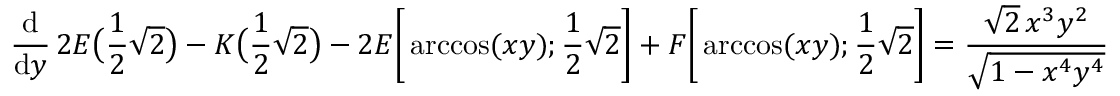
{ \frac { \mathrm { d } } { \mathrm { d } y } } \, 2 E { \bigl ( } { \frac { 1 } { 2 } } { \sqrt { 2 } } { \bigr ) } - K { \bigl ( } { \frac { 1 } { 2 } } { \sqrt { 2 } } { \bigr ) } - 2 E { \biggl [ } \operatorname { a r c c o s } ( x y ) ; { \frac { 1 } { 2 } } { \sqrt { 2 } } { \biggr ] } + F { \biggl [ } \operatorname { a r c c o s } ( x y ) ; { \frac { 1 } { 2 } } { \sqrt { 2 } } { \biggr ] } = { \frac { { \sqrt { 2 } } \, x ^ { 3 } y ^ { 2 } } { \sqrt { 1 - x ^ { 4 } y ^ { 4 } } } }